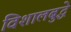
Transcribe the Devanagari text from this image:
विशालबुद्धे